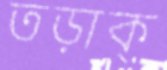
তড়াক্‌